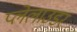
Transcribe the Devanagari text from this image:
प्लेलाउडर